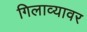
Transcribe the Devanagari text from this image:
गिलाव्यावर